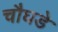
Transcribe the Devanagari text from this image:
चौघडे